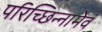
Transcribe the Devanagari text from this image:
परिच्छिन्नामेवं